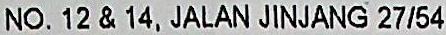
NO. 12 & 14, JALAN JINJANG 27/54